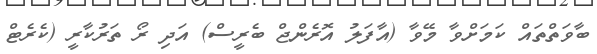
ބާވަތްތައް ކަމަށްވާ މޭވާ (އާފަލު އޮރެންޖް ބެރީސް) އަދި ރޯ ތަރުކާރީ (ކެރެޓް